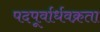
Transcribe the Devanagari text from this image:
पदपूर्वार्धवक्रता